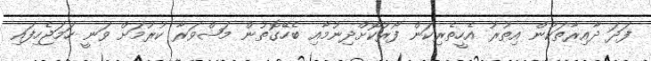
ފަދަ ދާއިރާތަކުން އިތުރު އެހީތެރިކަން ފޯރުކޮށްދިނުމާއި ބެހޭގޮތުން މަޝްވަރާ ކުރުމަށް ވަނީ ހަމަޖެހިފައި